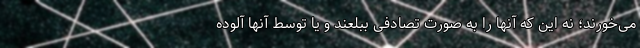
می‌خورند؛ نه این که آنها را به صورت تصادفی ببلعند و یا توسط آنها آلوده